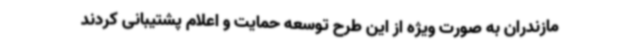
مازندران به صورت ویژه از این طرح توسعه حمایت و اعلام پشتیبانی کردند